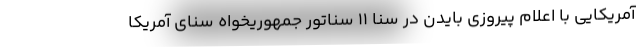
آمریکایی با اعلام پیروزی بایدن در سنا 11 سناتور جمهوریخواه سنای آمریکا